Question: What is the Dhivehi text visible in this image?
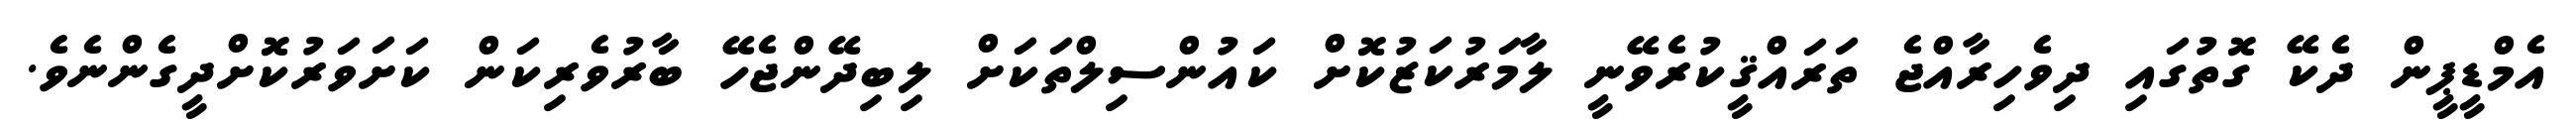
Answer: އެމްޑީޕީން ދެކޭ ގޮތުގައި ދިވެހިރާއްޖެ ތަރައްޤީކުރެވޭނީ ލާމަރުކަޒުކޮށް ކައުންސިލްތަކަށް ލިބިދޭންޖެހޭ ބާރުވެރިކަން ކަށަވަރުކޮށްދީގެންނެވެ.